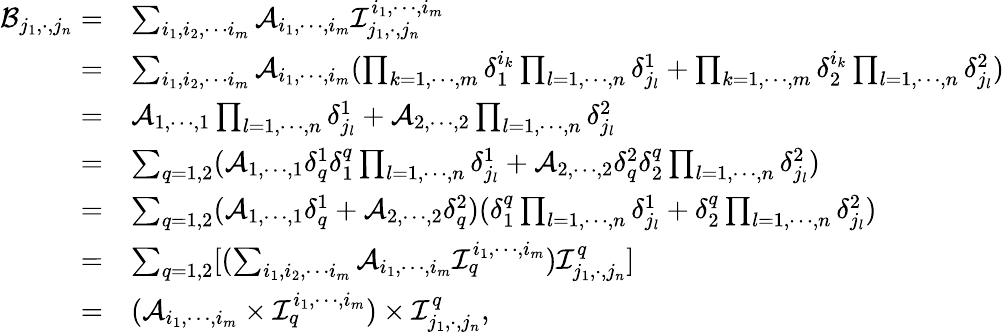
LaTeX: \begin{array}{rl}{\mathcal{B}_{j_{1},\cdot,j_{n}}=}&{\sum_{i_{1},i_{2},\cdots i_{m}}\mathcal A_{i_{1},\cdots,i_{m}}\mathcal{I}_{j_{1},\cdot,j_{n}}^{i_{1},\cdots,i_{m}}}\\ {=}&{\sum_{i_{1},i_{2},\cdots i_{m}}\mathcal A_{i_{1},\cdots,i_{m}}(\prod_{k=1,\cdots,m}\delta_{1}^{i_{k}}\prod_{l=1,\cdots,n}\delta_{j_{l}}^{1}+\prod_{k=1,\cdots,m}\delta_{2}^{i_{k}}\prod_{l=1,\cdots,n}\delta_{j_{l}}^{2})}\\ {=}&{\mathcal A_{1,\cdots,1}\prod_{l=1,\cdots,n}\delta_{j_{l}}^{1}+\mathcal A_{2,\cdots,2}\prod_{l=1,\cdots,n}\delta_{j_{l}}^{2}}\\ {=}&{\sum_{q=1,2}(\mathcal A_{1,\cdots,1}\delta_{q}^{1}\delta_{1}^{q}\prod_{l=1,\cdots,n}\delta_{j_{l}}^{1}+\mathcal A_{2,\cdots,2}\delta_{q}^{2}\delta_{2}^{q}\prod_{l=1,\cdots,n}\delta_{j_{l}}^{2})}\\ {=}&{\sum_{q=1,2}(\mathcal A_{1,\cdots,1}\delta_{q}^{1}+\mathcal A_{2,\cdots,2}\delta_{q}^{2})(\delta_{1}^{q}\prod_{l=1,\cdots,n}\delta_{j_{l}}^{1}+\delta_{2}^{q}\prod_{l=1,\cdots,n}\delta_{j_{l}}^{2})}\\ {=}&{\sum_{q=1,2}[(\sum_{i_{1},i_{2},\cdots i_{m}}\mathcal A_{i_{1},\cdots,i_{m}}\mathcal{I}_{q}^{i_{1},\cdots,i_{m}})\mathcal{I}_{j_{1},\cdot,j_{n}}^{q}]}\\ {=}&{(\mathcal A_{i_{1},\cdots,i_{m}}\times\mathcal{I}_{q}^{i_{1},\cdots,i_{m}})\times\mathcal{I}_{j_{1},\cdot,j_{n}}^{q},}\end{array}